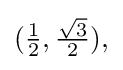
{\textstyle ({\frac {1}{2}},{\frac {\sqrt {3}}{2}}),}